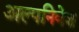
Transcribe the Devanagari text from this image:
अल्पनिवेश